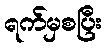
ရက်မှစပြီး